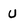
Character: U